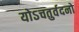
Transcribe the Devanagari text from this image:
योऽचतुर्वदनो